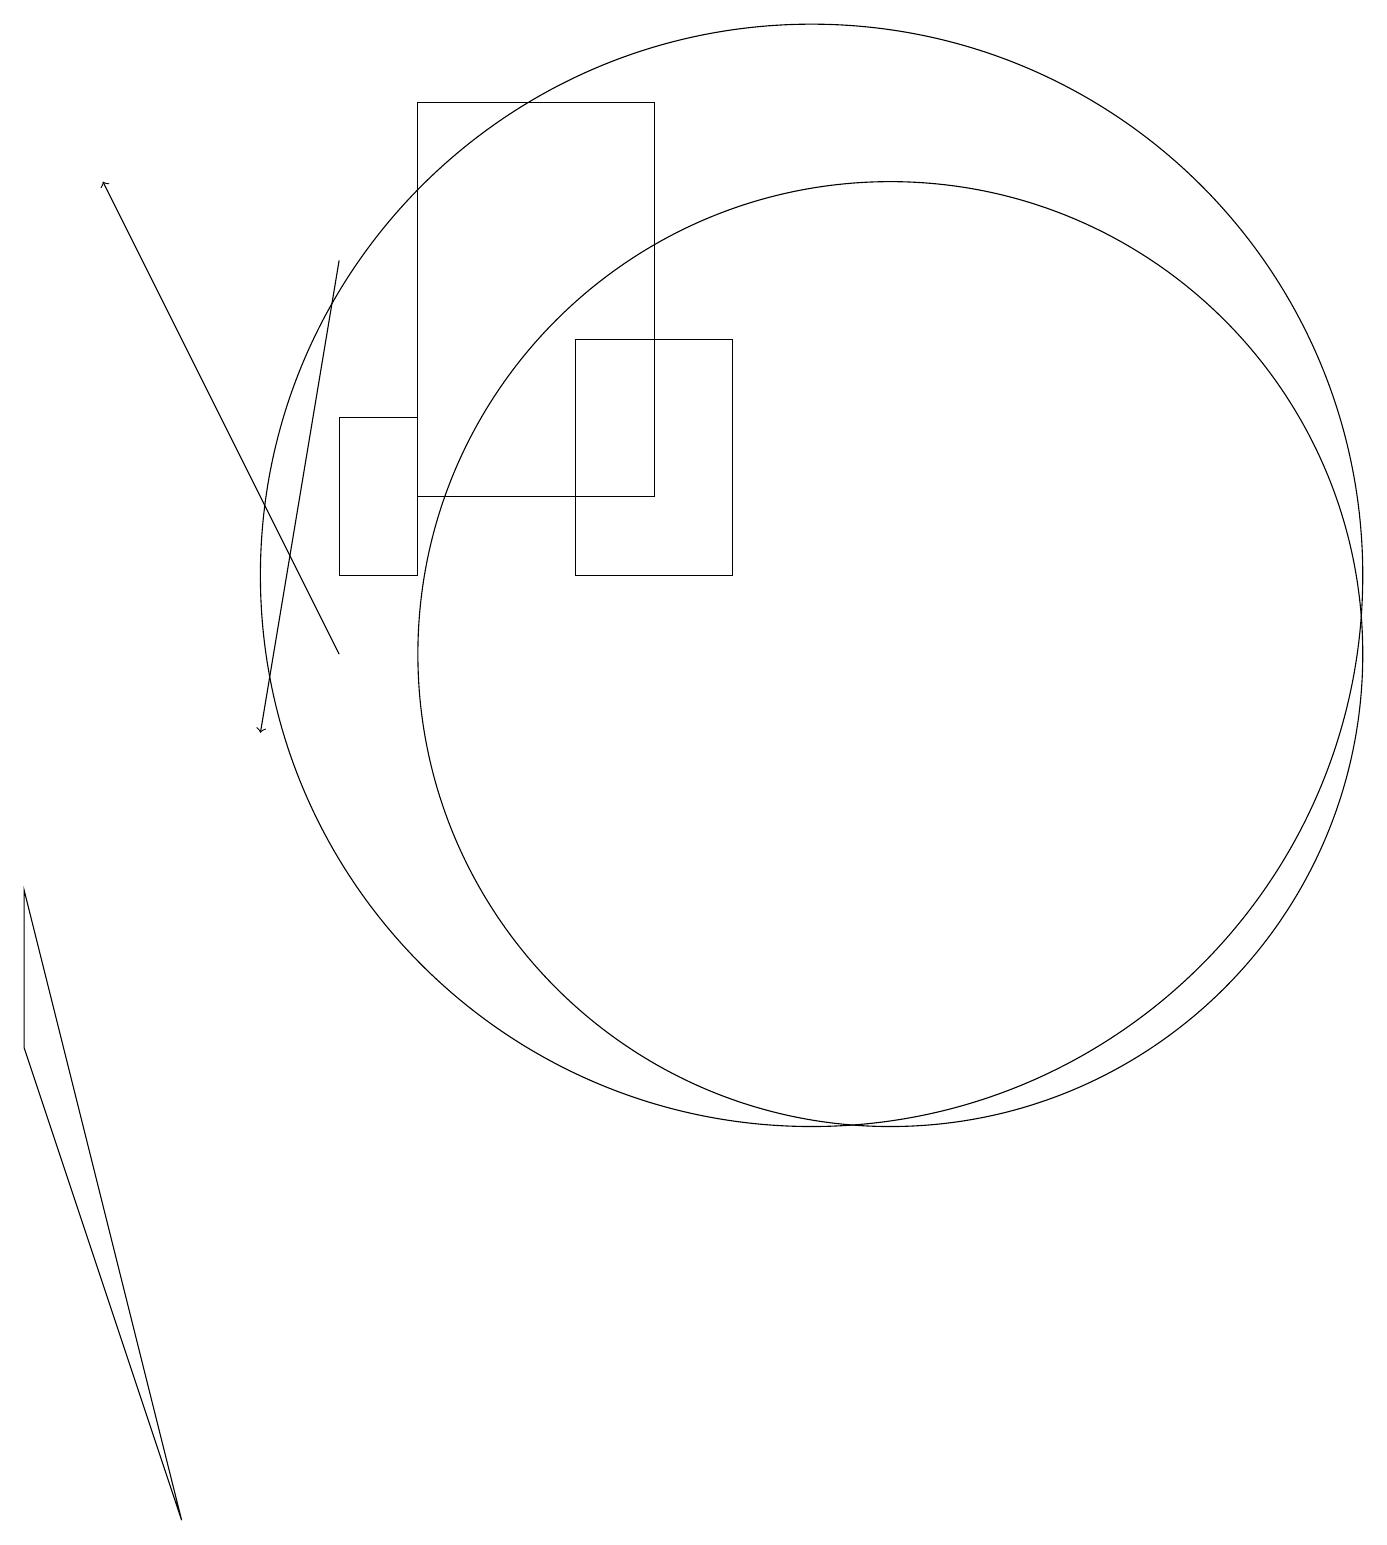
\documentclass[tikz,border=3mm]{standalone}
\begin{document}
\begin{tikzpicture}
\draw (10,12) circle (7);
\draw (5,12) rectangle (4,14);
\draw (8,13) rectangle (5,18);
\draw (11,11) circle (6);
\draw (2,0) -- (0,6) -- (0,8) -- cycle;
\draw (7,15) rectangle (9,12);
\draw[->] (4,16) -- (3,10);
\draw[->] (4,11) -- (1,17);
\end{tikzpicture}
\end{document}